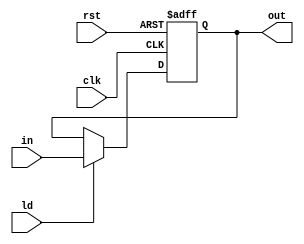
module Register (in, ld, clk, rst, out);
    parameter N = 5;

    input [N-1:0] in;
    input ld, clk, rst;
    output reg [N-1:0] out;

    always @(posedge clk or posedge rst) begin
        if (rst)
            out <= {N{1'b0}};
        else if (ld)
            out <= in;
    end
endmodule